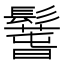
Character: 𩯐